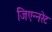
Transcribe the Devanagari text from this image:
जिएन्नरेट